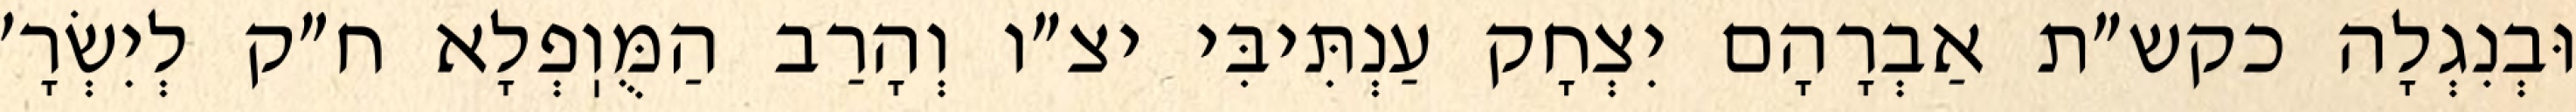
וּבְנִגְלָה כקש״ת אַבְרָהָם יִצְחָק עַנְתִּיבִּי יצ״ו וְהָרַב הַמֻּוֽפְלָא ח״ק לְיִשְׂרָ׳